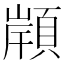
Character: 𩓤